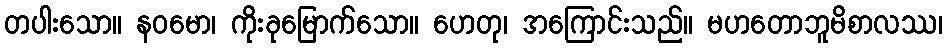
တပါးသော။ နဝမော၊ ကိုးခုမြောက်သော။ ဟေတု၊ အကြောင်းသည်။ မဟတောဘူမိစာလဿ၊